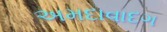
અમદાવાદગ